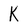
Character: K